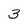
Character: 3